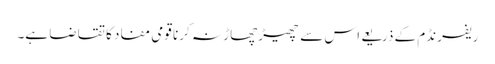
ریفرنڈم کے ذریعے اس سے چھیڑچھاڑ نہ کرنا قومی مفاد کا تقاضا ہے۔